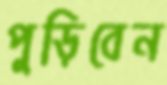
পুড়িবেন